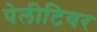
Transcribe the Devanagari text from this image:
पेलीटियर